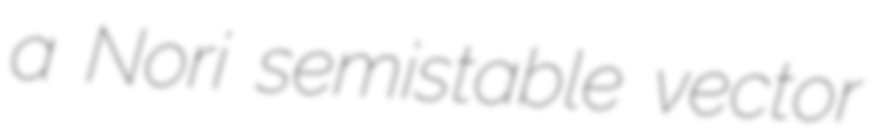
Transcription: a Nori semistable vector